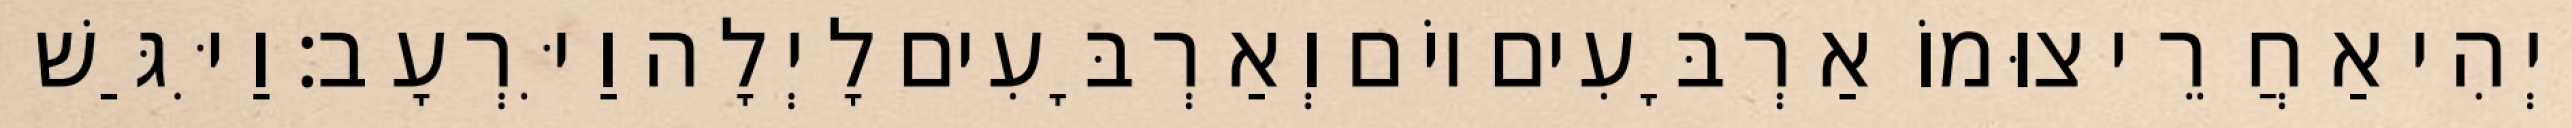
וַיְהִי אַחֲרֵי צוּמוֹ אַרְבָּעִים יוֹם וְאַרְבָּעִים לָיְלָה וַיִּרְעָב׃ וַיִּגַּשׁ